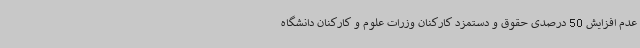
عدم افزایش 50 درصدی حقوق و دستمزد کارکنان وزرات علوم و کارکنان دانشگاه